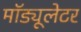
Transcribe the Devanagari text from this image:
मॉड्यूलेटर